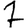
Digit: 7